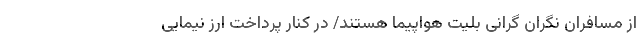
از مسافران نگران گرانی بلیت هواپیما هستند/ در کنار پرداخت ارز نیمایی